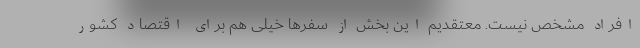
افراد مشخص نیست. معتقدیم این بخش از سفرها خیلی هم برای اقتصاد کشور